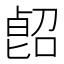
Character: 𠸿